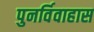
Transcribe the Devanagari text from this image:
पुनर्विवाहास